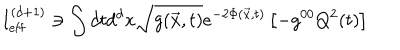
I _ { \mathrm { e f f } } ^ { ( d + 1 ) } \ni \int d t d ^ { d } x \sqrt { g ( \vec { x } , t ) } e ^ { - 2 \Phi ( { \vec { x } } , t ) } \left[ - g ^ { 0 0 } Q ^ { 2 } ( t ) \right]